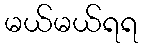
မယ်မယ်ရရ